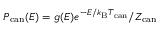
P _ { \mathrm { c a n } } ( E ) = g ( E ) e ^ { - E / k _ { \mathrm { B } } T _ { \mathrm { c a n } } } / Z _ { \mathrm { c a n } }